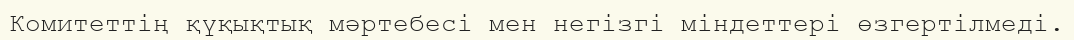
Комитеттің қүқықтық мәртебесі мен негізгі міндеттері өзгертілмеді.